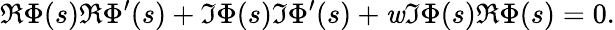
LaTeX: \Re\Phi(s)\Re\Phi^{\prime}(s)+\Im\Phi(s)\Im\Phi^{\prime}(s)+\mathit{w}\Im\Phi(s)\Re\Phi(s)=0.